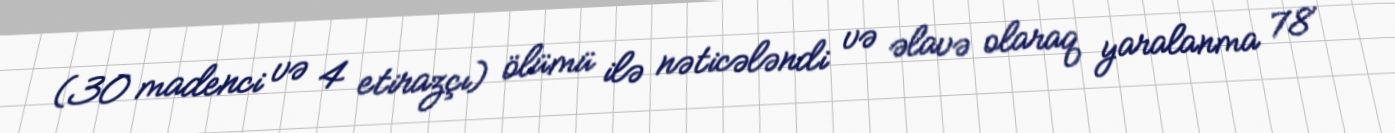
(30 madenci və 4 etirazçı) ölümü ilə nəticələndi və əlavə olaraq yaralanma 78